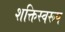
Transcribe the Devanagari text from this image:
शक्तिस्वरूप